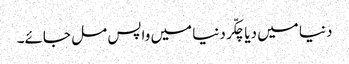
دنیا میں دیا چکّر دنیا میں واپس مل جائے۔